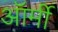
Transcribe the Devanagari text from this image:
ऑर्मी